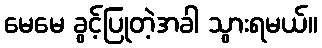
မေမေ ခွင့်ပြုတဲ့အခါ သွားရမယ်။